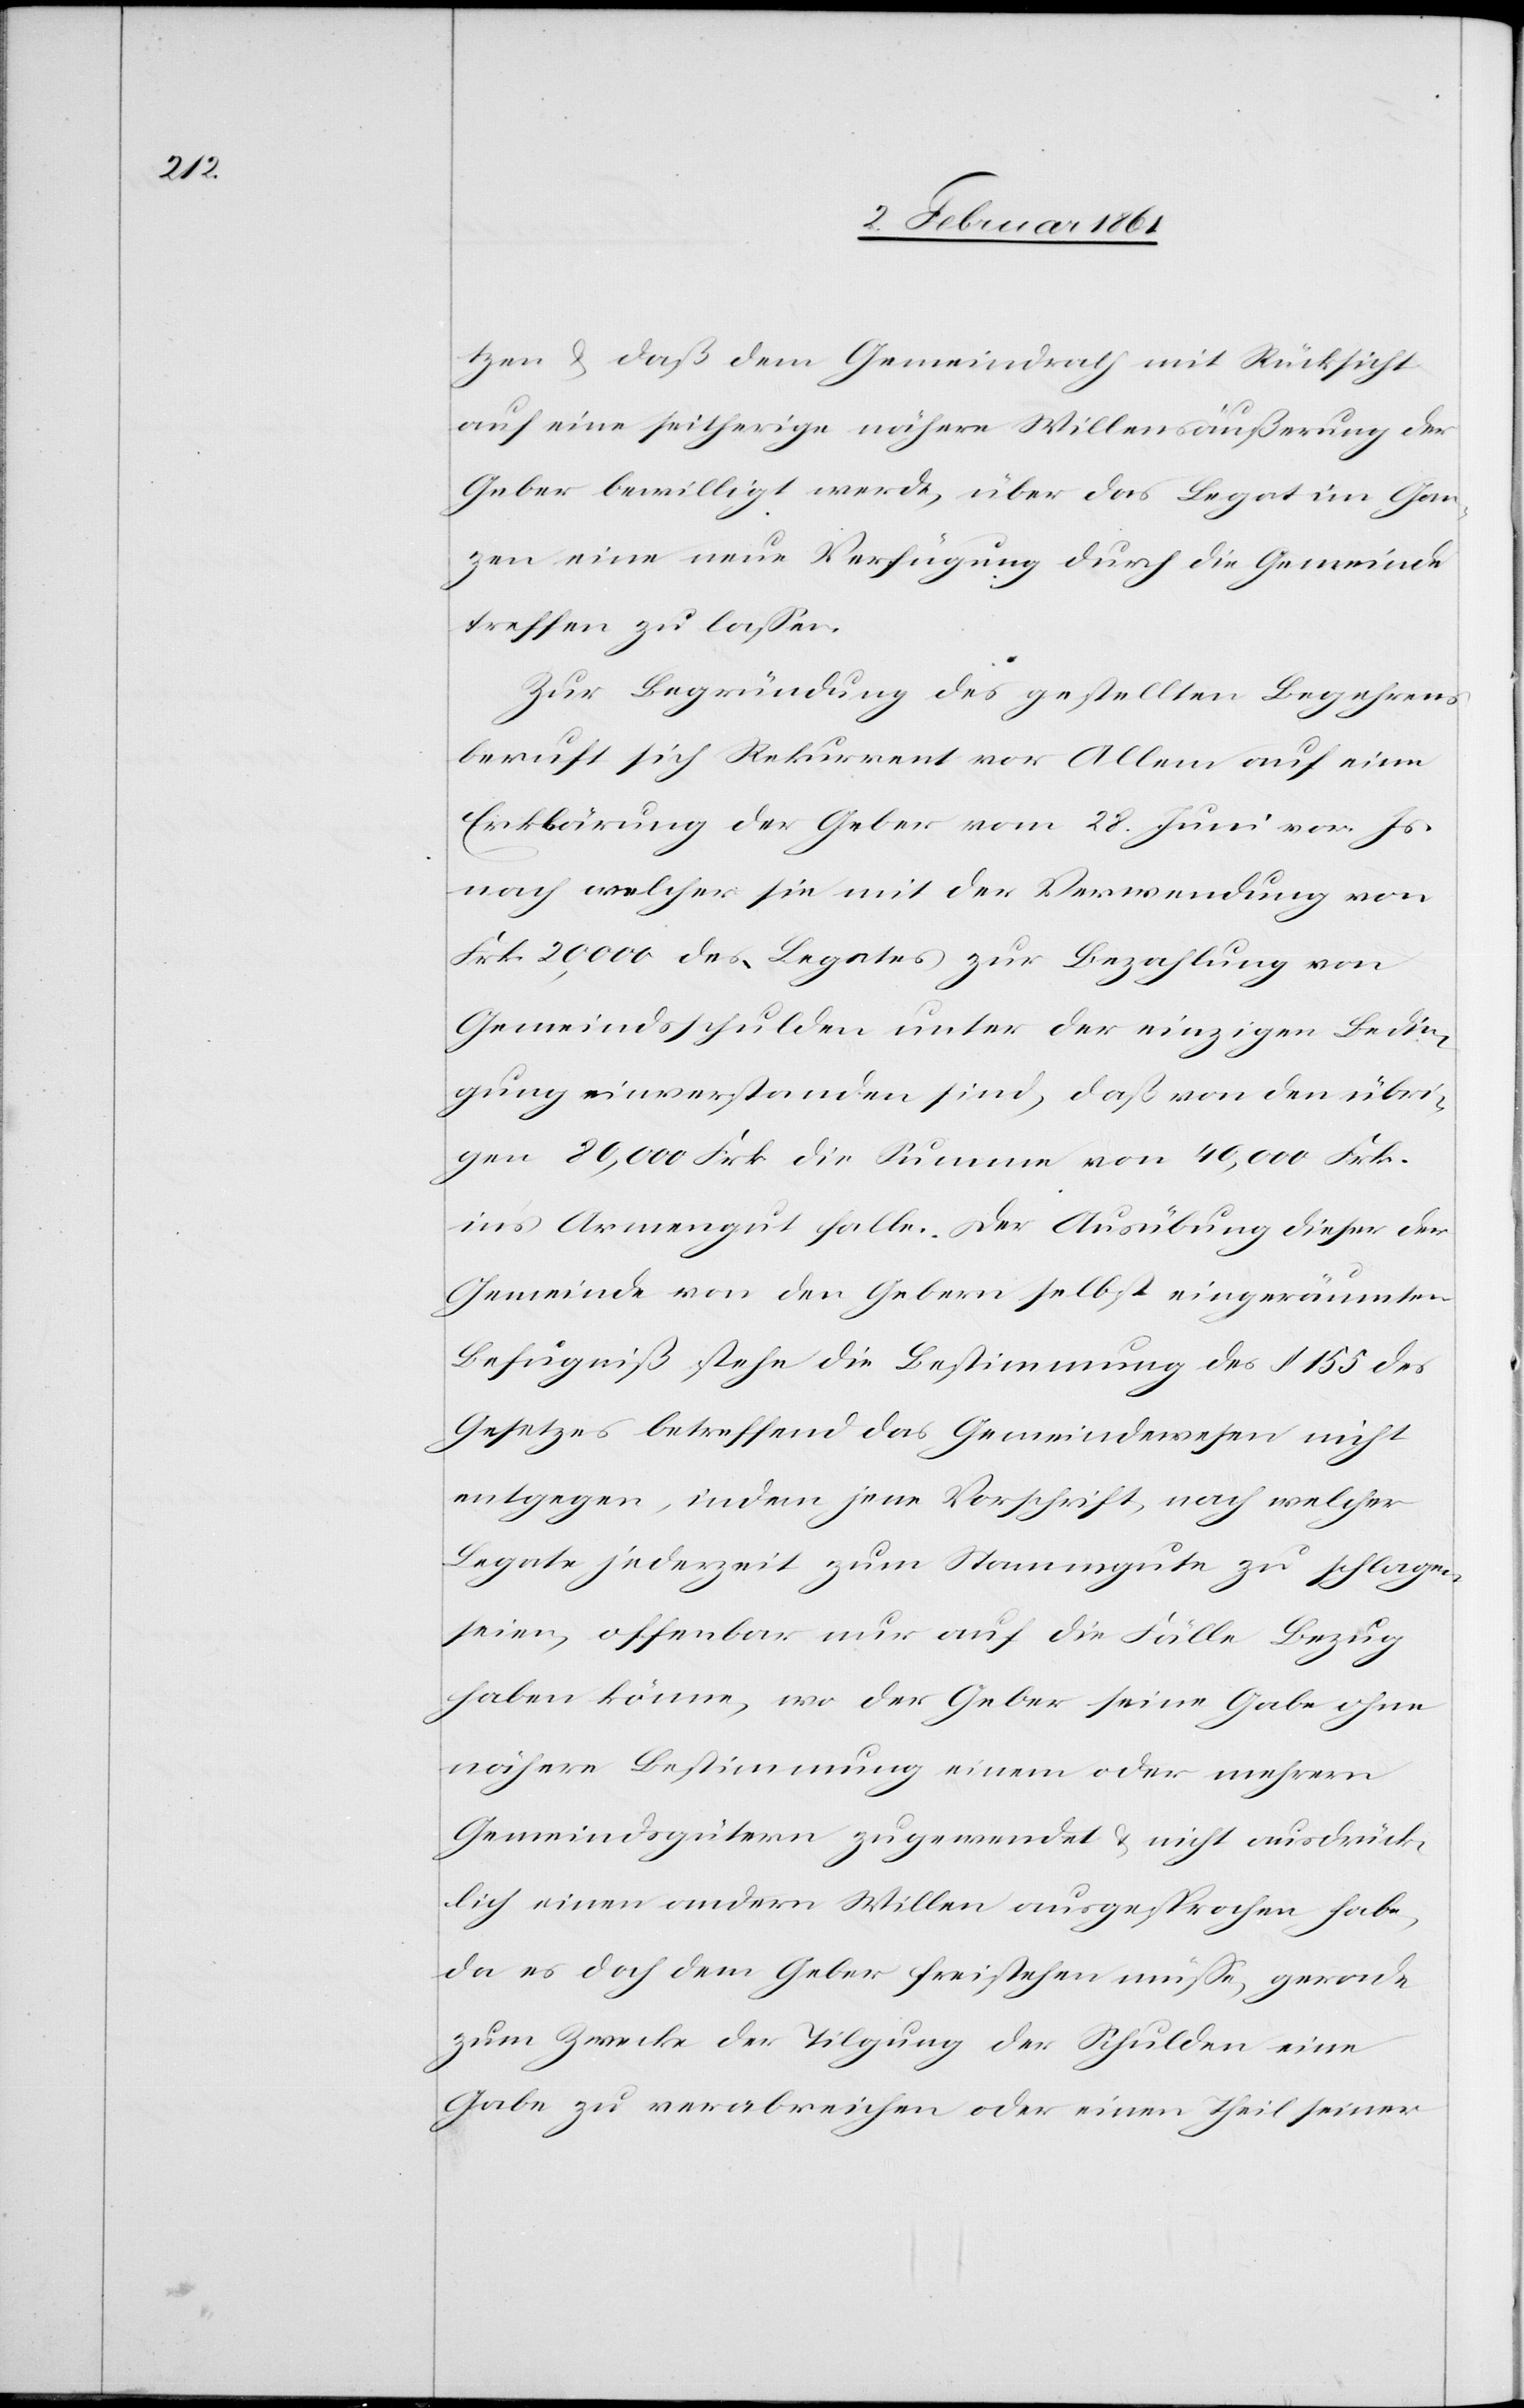
tzen u. daß dem Gemeindrath mit Rücksicht
auf eine seitherige nähere Willensäußerung der
Geber bewilligt werde, über das Legat im Gan¬
zen eine neue Verfügung durch die Gemeinde
treffen zu lassen.
Zur Begründung des gestellten Begehrens
beruft sich Rekurrent vor Allem auf eine
Erklärung der Geber vom 28. Juni vor. Js.
nach welcher sie mit der Verwendung von
Frk. 20,000 des Legates zur Bezahlung von
Gemeindsschulden unter der einzigen Bedin¬
gung einverstanden sind, daß von den übri¬
gen 80,000 Frk. die Summe von 40,000 Frk.
ins Armengut falle. Der Ausübung dieser der
Gemeinde von den Gebern selbst eingeräumten
Befugniß stehe die Bestimmung des § 155 des
Gesetzes betreffend das Gemeindewesen nicht
entgegen, indem jene Vorschrift, nach welcher
Legate jederzeit zum Stammgute zu schlagen
seien, offenbar nur auf die Fälle Bezug
haben könne, wo der Geber seine Gabe ohne
nähere Bestimmung einem oder mehrern
Gemeindsgütern zugewendet u. nicht ausdrück¬
lich einen andern Willen ausgesprochen habe,
da es doch dem Geber freistehen müsse, gerade
zum Zwecke der Tilgung der Schulden eine
Gabe verabreichen oder einen Theil seiner